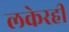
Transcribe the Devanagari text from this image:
लकेरही